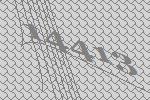
14413